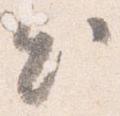
出